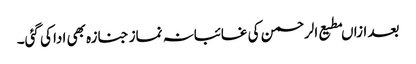
بعد ازاںمطیع الرحمن کی غائبانہ نماز جنازہ بھی ادا کی گئی۔